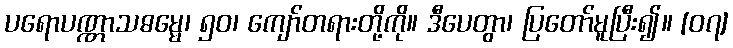
ပရောပဏ္ဏာသဓမ္မေ၊ ၅၀၊ ကျော်တရားတို့ကို။ ဒီပေတွာ၊ ပြတော်မူပြီး၍။ [၀၇]